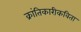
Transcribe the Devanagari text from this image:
क्रांतिकारीकविता